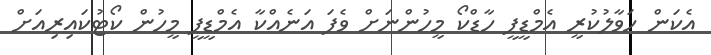
އެކަން ހަވާލުކުރީ އެމްޑީޕީ ހާޑްކޯ މީހުންނަށް ވެފަ އަނެއްކާ އެމްޑީޕީ މީހުން ކޯޓުކައިރިއަށް